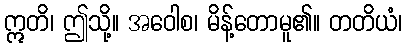
ဣတိ၊ ဤသို့။ အဝေါစ၊ မိန့်တောမူ၏။ တတိယံ၊